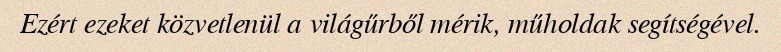
Ezért ezeket közvetlenül a világűrből mérik, műholdak segítségével.